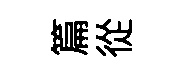
篇從